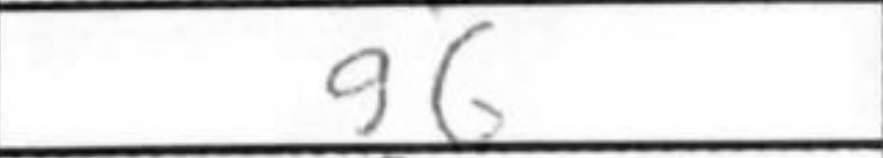
Transcription: g6